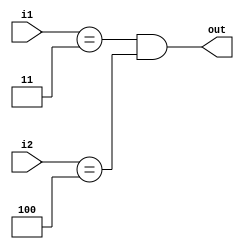
module wtf(i1, i2, out);

input [2:0] i1, i2;
output out;

assign out = (i1 == 3'b011) && (i2 == 3'b100);

endmodule